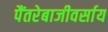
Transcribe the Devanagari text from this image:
पैंतरेबाजीवर्साय